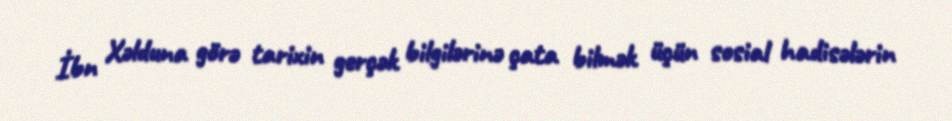
İbn Xəlduna görə tarixin gerçək bilgilərinə çata bilmək üçün sosial hadisələrin